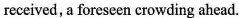
received, a foreseen crowding ahead.